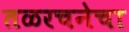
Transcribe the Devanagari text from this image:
तळरचनेचा